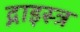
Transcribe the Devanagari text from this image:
द्नाइस्त्र